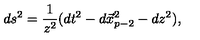
d s ^ { 2 } = \frac { 1 } { z ^ { 2 } } ( d t ^ { 2 } - d \vec { x } _ { p - 2 } ^ { 2 } - d z ^ { 2 } ) ,